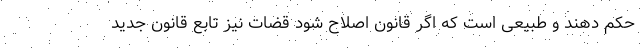
حکم دهند و طبیعی است که اگر قانون اصلاح شود قضات نیز تابع قانون جدید